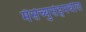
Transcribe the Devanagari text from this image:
मॅसेच्युसेट्समधील